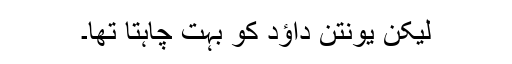
لیکن یونتن داؤد کو بہت چاہتا تھا۔